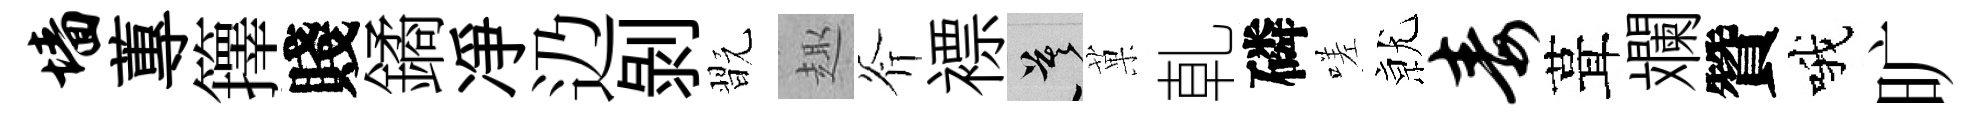
墙蓴籜賤鐍凈辸剝翫趣斧褾莫菓乹磷嗟𭕒毒葺斕贊哦旷